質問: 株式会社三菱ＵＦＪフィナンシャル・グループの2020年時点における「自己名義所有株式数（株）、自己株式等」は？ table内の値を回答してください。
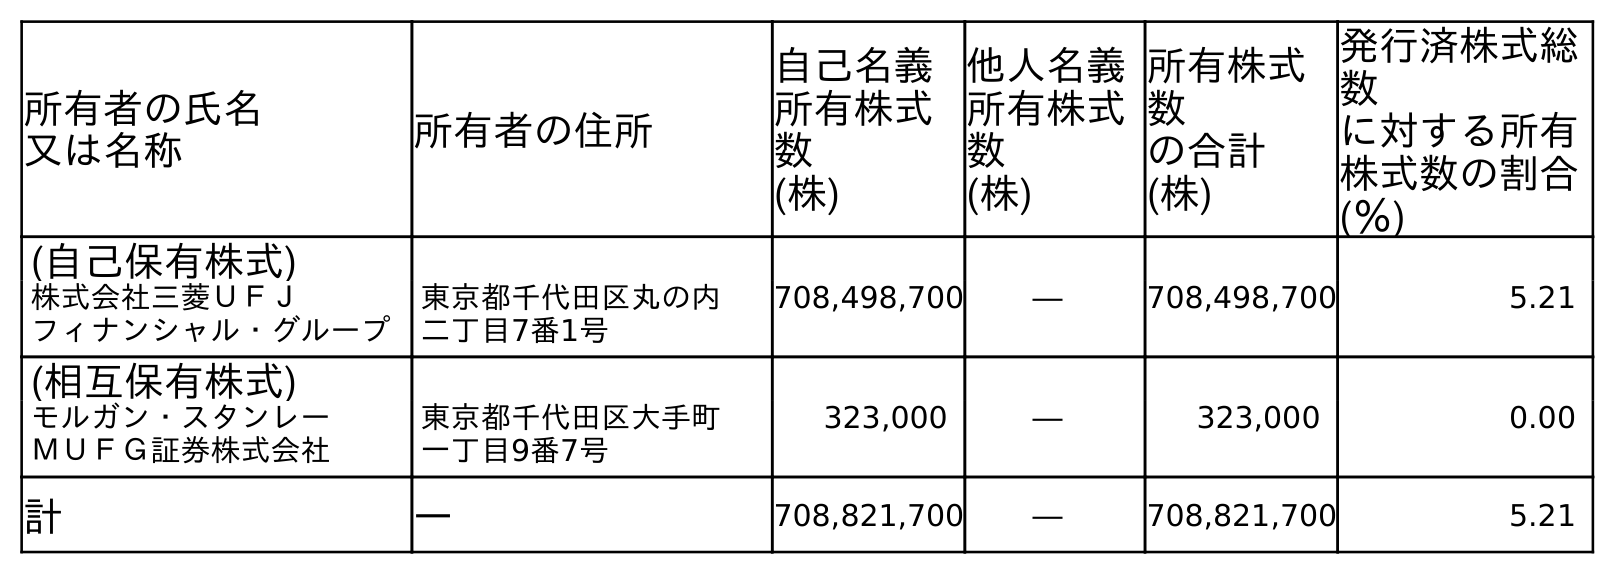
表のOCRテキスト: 所有者の氏名 又は名称 所有者の住所 自己名義 所有株式 数 (株) 他人名義 所有株式 数 (株) 所有株式 数 の合計 (株) 発行済株式総 数 に対する所有 株式数の割合 (％) (自己保有株式) 株式会社三菱ＵＦＪ フィナンシャル・グループ 東京都千代田区丸の内 二丁目7番1号 708,498,700 ― 708,498,700 5.21 (相互保有株式) モルガン・スタンレー ＭＵＦＧ証券株式会社 東京都千代田区大手町 一丁目9番7号 323,000 ― 323,000 0.00 計 ― 708,821,700 ― 708,821,700 5.21
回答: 708,821,700